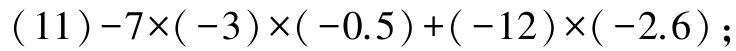
\((11)-7\times(-3)\times(-0.5)+(-12)\times(-2.6);\)